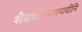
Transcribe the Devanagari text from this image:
शैवशाक्तागमादीनि